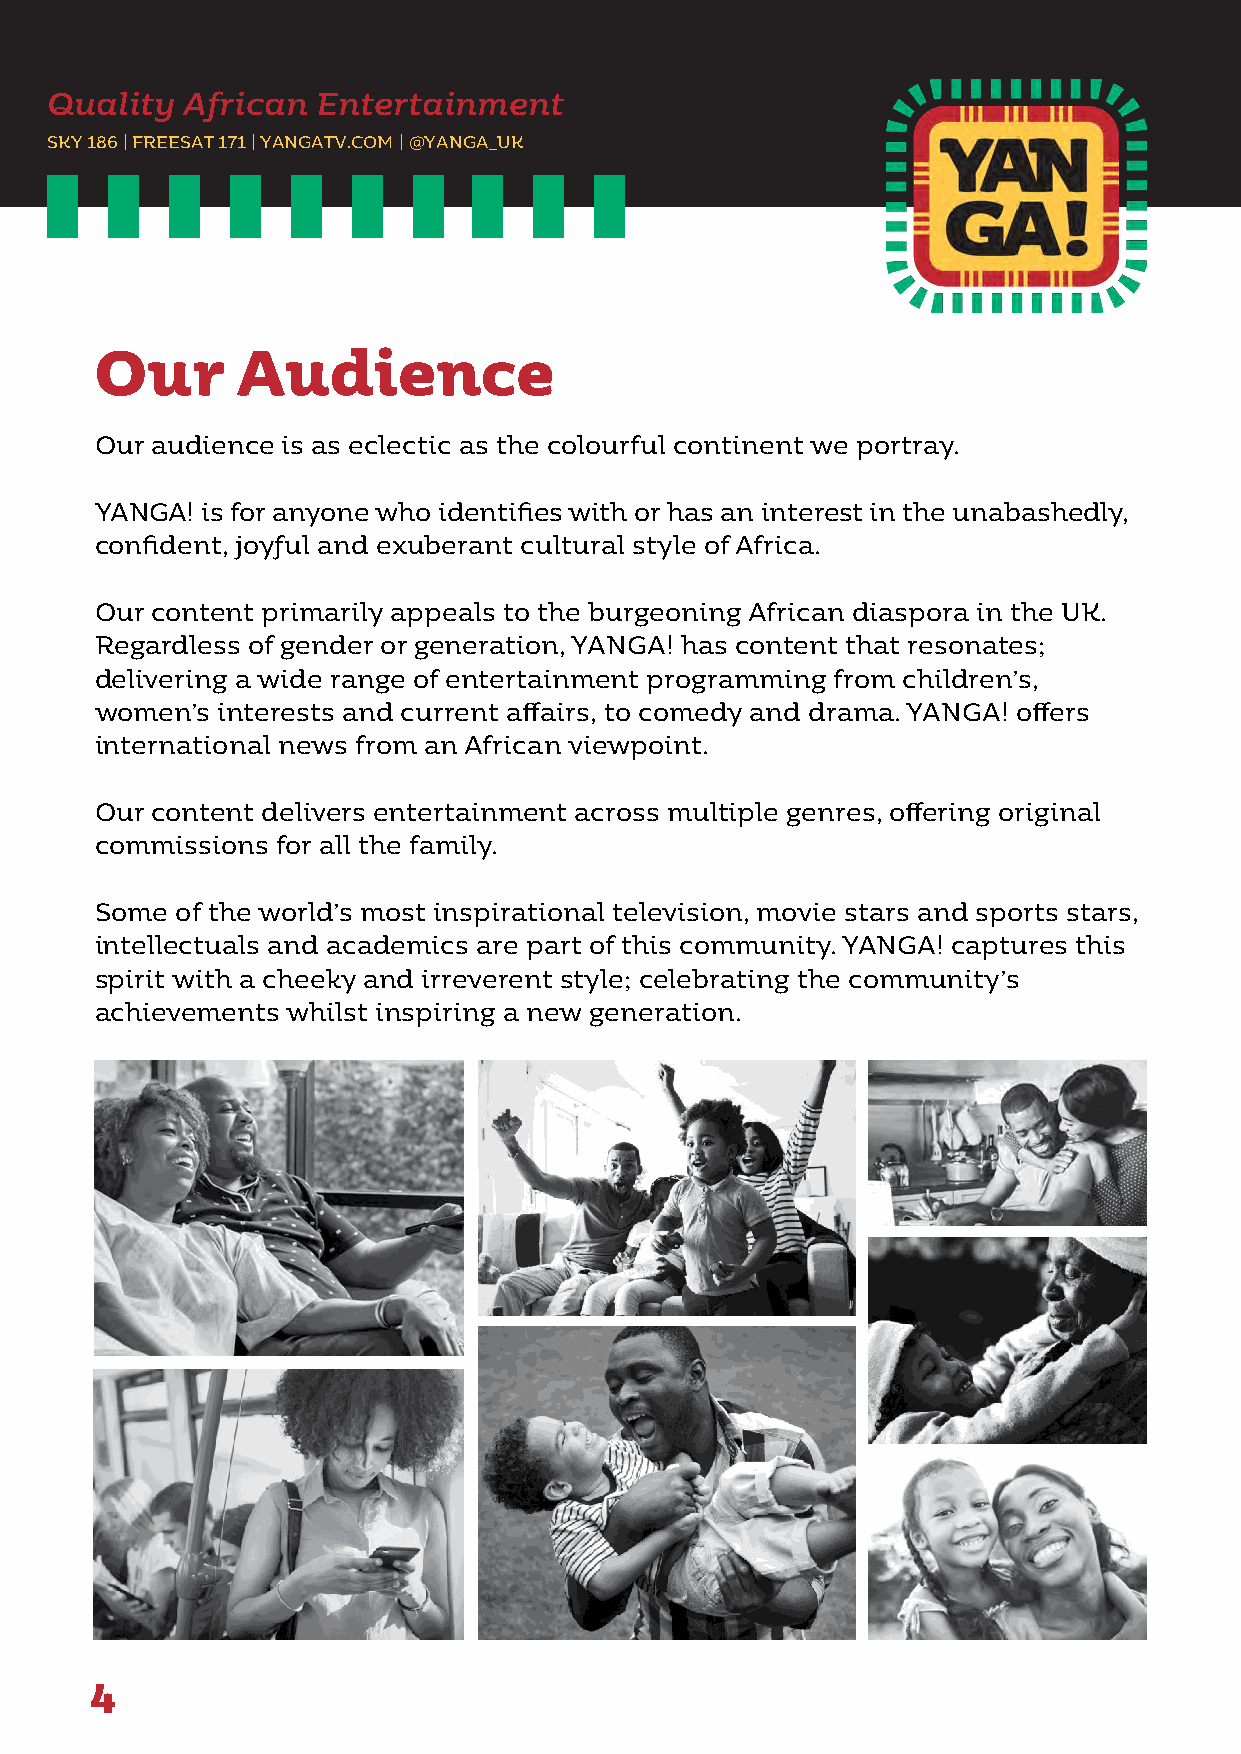
Quality  African  Entertainment
 SKY 186 | FREESAT 171 | YANGATV.COM | @YANGA_UK
 Our       Audience
 Our audience is as eclectic as the colourful continent we portray.
 YANGA! is for anyone who identifies with or has an interest in the unabashedly,
 confident, joyful and exuberant cultural style of Africa.
 Our content primarily appeals to the burgeoning African diaspora in the UK.
 Regardless of gender or generation, YANGA! has content that resonates;
 delivering a wide range of entertainment programming from children’s,
 women’s interests and current affairs, to comedy and drama. YANGA! offers
 international news from an African viewpoint.
 Our content delivers entertainment across multiple genres, offering original
 commissions for all the family.
 Some  of the world’s most inspirational television, movie stars and sports stars,
 intellectuals and academics are part of this community. YANGA! captures this
 spirit with a cheeky and irreverent style; celebrating the community’s
 achievements whilst inspiring a new generation.
 4